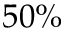
5 0 \%